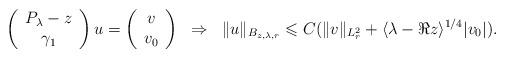
LaTeX: \begin{align*}\left( \begin{array}{c} P_\lambda-z \\ \gamma_1 \\ \end{array} \right)u= \left( \begin{array}{c} v \\ v_0 \\ \end{array} \right)\;\;\Rightarrow\;\;\|u\|_{B_{z,\lambda,r}}\leqslant C(\|v\|_{L^2_r}+\langle\lambda-\Re z\rangle^{1/4}|v_0|).\end{align*}